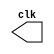
// ------------------------- 
// Exemplo0042 - Clock
// Nome: Ana Cristina Pereira Teixeira
// -------------------------

// --------------------------- 
// -- test clock generator (2) 
// --------------------------- 
   
// ------------------------- modulo clock	
	 module clock ( clk ); 
      output clk; 
      reg clk; 

     initial begin 
       clk = 1'b0; 
     end 

     always begin 
 #12 clk = ~clk; 
     end 
 
    endmodule 
 
// ------------------------- module pulse 
    module pulse ( signal, clock ); 
      input clock; 
      output signal; 
      reg signal; 

     always @ ( clock ) begin 
        signal = 1'b1; 
     #3 signal = 1'b0; 
     #3 signal = 1'b1; 
     #3 signal = 1'b0; 
        end 
		  
    endmodule // pulse 

// ------------------------- module trigger
    module trigger ( signal, on, clock ); 
     input on, clock; 
     output signal; 
     reg signal; 
     
	  always @ ( posedge clock & on )begin 
 #60 signal = 1'b1; 
 #60 signal = 1'b0; 
     end 
   endmodule // trigger 
	
// ------------------------- module Exemplo0042	

   module Exemplo0042; 
   
	 wire clock; 
    clock clk ( clock ); 
 
    reg p; 
    
	 wire p1,t1; 
  
    pulse pulse1 ( p1, clock ); 
    trigger trigger1 ( t1, p, clock ); 

    initial begin 
     p = 1'b0; 
    end 

    initial begin 
     $dumpfile ( "Exemplo0042.vcd" ); 
     $dumpvars ( 1, clock, p1, p, t1 ); 
#060 p = 1'b1; 
#120 p = 1'b0; 
#180 p = 1'b1; 
#240 p = 1'b0; 
#300 p = 1'b1; 
#360 p = 1'b0; 
#376 $finish; 
     end 
   endmodule // Exemplo0042